Medical and sanitary report of the native army of Madras for the year
Year: 1872
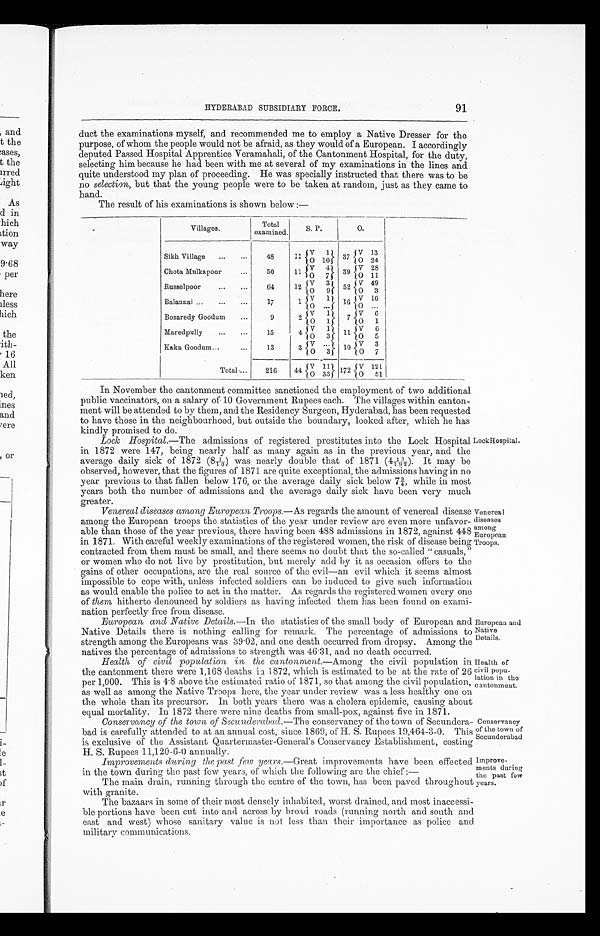
Lock Hospital
Improve-
ments during
the past fevr
years.
Venereal
diseases
among
European
Troops.
European and
Native
Details.
Health of
civil popu-
lation in the
c antonment.
Conservancy
of the town of
Secunderabad.
HYDERABAD SUBSIDIARY FORCE.
91
duct the examinations myself, and recommended me to employ a Native Dresser for the
purpose, of whom the people would not be afraid, as they would of a European. I accordingly
deputed Passed Hospital Apprentice Veramahali, of the Cantonment Hospital, for the duty,
selecting him because he had been with me at several of my examinations in the lines and
quite understood my plan of proceeding. He was specially instructed that there was to be
no selection, but that the young people were to be taken at random, just as they came to
hand.
The result of his examinations is shown below :—
Villages.
Total
examined.
S. P.
O.
Sikh Village
...
...
48
1 1
V 1
3 7 V 13
O 10
O 24
Chota Mulkapoor
...
50
11
V 4
39
V 2 8
O 7
O 1 1
Russelpoor
...
...
64
12
V 3
5 2
V 4 9
O 9
O 3
Balannai ...
...
17
1 V 1
1 6
V 1 6
O ... ..
. .
Bosaredy Goodum
...
9
2
V 1
7
V 6
O 1
O 1
Maredpully
...
...
15
4
V 1
1 1
V 6
O 3
O 5
Kaka Goodum.
...
13
3
V ...
10
V 3
O 3
O 7
Total ...
216
44
V 1 1
172
V 1 2 1
O 33
O 5 1
In November the cantonment committee sanctioned the employment of two additional
public vaccinators, on a salary of 10 Government Rupees each. The villages within canton-
ment will be attended to by them, and the Residency Surgeon, Hyderabad, has been requested
to have those in the neighbourhood, but outside the boundary, looked after, which he has
kindly promised to do.
Lock Hospital .—The admissions of registered prostitutes into the Lock Hospital
in 1872 were 147, being nearly half as many again as in the previous year, and the
average dai l y si ck of 1872 (8 1/10) was nearl y doubl e t hat of 1871 (4 13/192). It may be
observed, however, that the figures of 1871 are quite exceptional, the admissions having in no
year previous to that fallen below 176, or the average daily sick below 7 3/4, while in most
years both the number of admissions and the average daily sick have been very much
greater.
Venereal diseases among European Troops .—As regards the amount of venereal disease
among the European troops the statistics of the year under review are even more unfavor-
able than those of the year previous, there having been 488 admissions in 1872, against 448
in 1871. With careful weekly examinations of the registered women, the risk of disease being
contracted from them must be small, and there seems no doubt that the so-called " casuals,"
or women who do not live by prostitution, but merely add by it as occasion offers to the
gains of other occupations, are the real source of the evil—an evil which it seems almost
impossible to cope with, unless infected soldiers can be induced to give such information
as would enable the police to act in the matter. As regards the registered women every one
of them hitherto denounced by soldiers as having infected them has been found on exami-
nation perfectly free from disease.
European and .Native Details .—In the statistics of the small body of European and
Native Details there is nothing calling for remark. The percentage of admissions to
strength among the Europeans was 39.02, and one death occurred from dropsy. Among the
natives the percentage of admissions to strength was 46.31, and no death occurred.
Health of civil population in the canto nment.—Among the civil population in
the cantonment there were 1,168 deaths in 1872, which is estimated to be at the rate of 26
per 1,000. This is 4.8 above the estimated ratio of 1871, so that among the civil population,
as well as among the Native Troops here, the year under review was a less healthy one on
the whole than its precursor. In both years there was a cholera epidemic, causing about
equal mortality. In 1872 there were nine deaths from small-pox, against five in 1871.
Conservancy of the town of Secunderabad .—The conservancy of the town of Secundera-
bad is carefully attended to at an annual cost, since 1869, of H. S. Rupees 19,464-3-0. This
is exclusive of the Assistant Quartermaster-General's Conservancy Establishment, costing
H. S. Rupees 11,120-6-0 annually.
Improvements during the past few years.—Great improvements have been effected
in the town during the past few years, of which the following are the chief:—
The main drain, running through the centre of the town, has been paved throughout
with granite.
The bazaars in some of their most densely inhabited, worst drained, and most inaccessi-
ble portions have been cut into and across by broad roads (running north and south and
east and west) whose sanitary value is not less than their importance as police and
military communications.